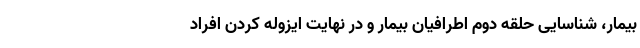
بیمار، شناسایی حلقه دوم اطرافیان بیمار و در نهایت ایزوله کردن افراد